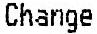
CHANGE